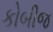
કોબીજ